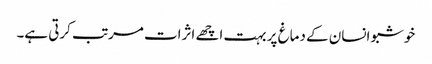
خوشبو انسان کے دماغ پر بہت اچھے اثرات مرتب کرتی ہے۔